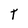
Character: T